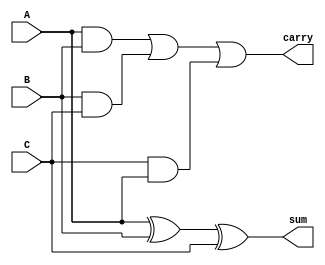
module carry_save_adder (
    input [N-1:0] A,
    input [N-1:0] B,
    input [N-1:0] C,
    output [N-1:0] sum,
    output [N-1:0] carry
);
    parameter N = 8; // Bit-width of the inputs

    assign sum = A ^ B ^ C; // Sum is the XOR of the three inputs
    assign carry = (A & B) | (B & C) | (C & A); // Carry is the OR of the ANDs

endmodule